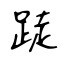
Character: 跿